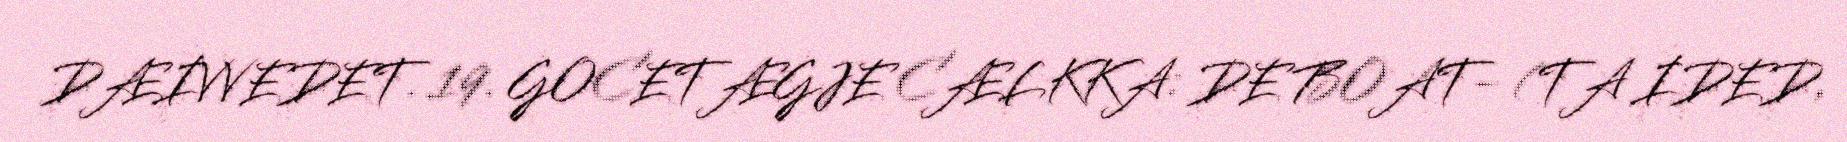
DÆIVVEDET. 19. GOCETÆGJE CÆLKKA: DE BOAT- (TA IDED,